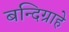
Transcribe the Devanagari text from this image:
बन्दिग्राहे